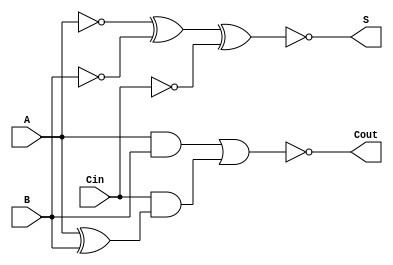
module NegativeCircuitFullAdder (
    input wire A,     // First binary input
    input wire B,     // Second binary input
    input wire Cin,   // Carry-in input
    output wire S,    // Sum output
    output wire Cout   // Carry-out output
);

// Internal signals for inverted inputs
wire A_inv;
wire B_inv;
wire Cin_inv;

// Invert the inputs for negative logic
assign A_inv = ~A;
assign B_inv = ~B;
assign Cin_inv = ~Cin;

// Calculate the sum S in negative logic
// S = A'  B'  Cin' => S = (A_inv XOR B_inv) XOR Cin_inv
wire temp_sum;
assign temp_sum = A_inv ^ B_inv;
assign S = ~(temp_sum ^ Cin_inv); // Final sum output in negative logic

// Calculate the carry-out Cout in negative logic
// Cout = (A  B) + (Cin  (A  B)) in negated form
wire ab_and;
wire cin_ab_xor;
wire ab_or;

assign ab_and = A & B;                            // A  B
assign cin_ab_xor = Cin & (A ^ B);                // Cin  (A  B)
assign Cout = ~(ab_and | cin_ab_xor);              // Final carry-out in negative logic

endmodule